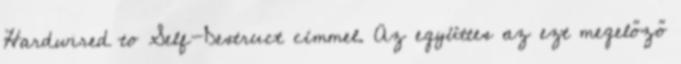
Hardwired to Self-Destruct címmel. Az együttes az ezt megelőző